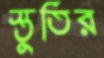
স্তুতির